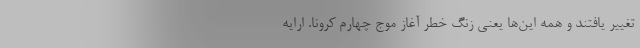
تغییر یافتند و همه این‌ها یعنی زنگ خطر آغاز موج چهارم کرونا. ارایه